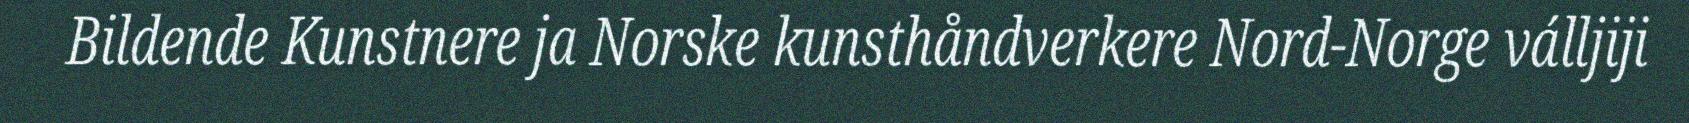
Bildende Kunstnere ja Norske kunsthåndverkere Nord-Norge válljiji